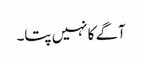
آگے کا نہیں پتا۔